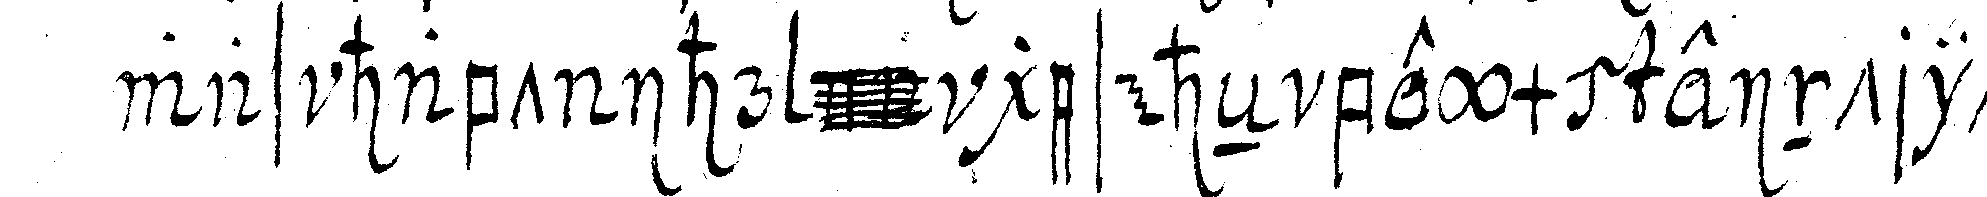
was habt ihr @ @ geseheN beym eintritt